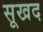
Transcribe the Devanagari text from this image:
सूखद